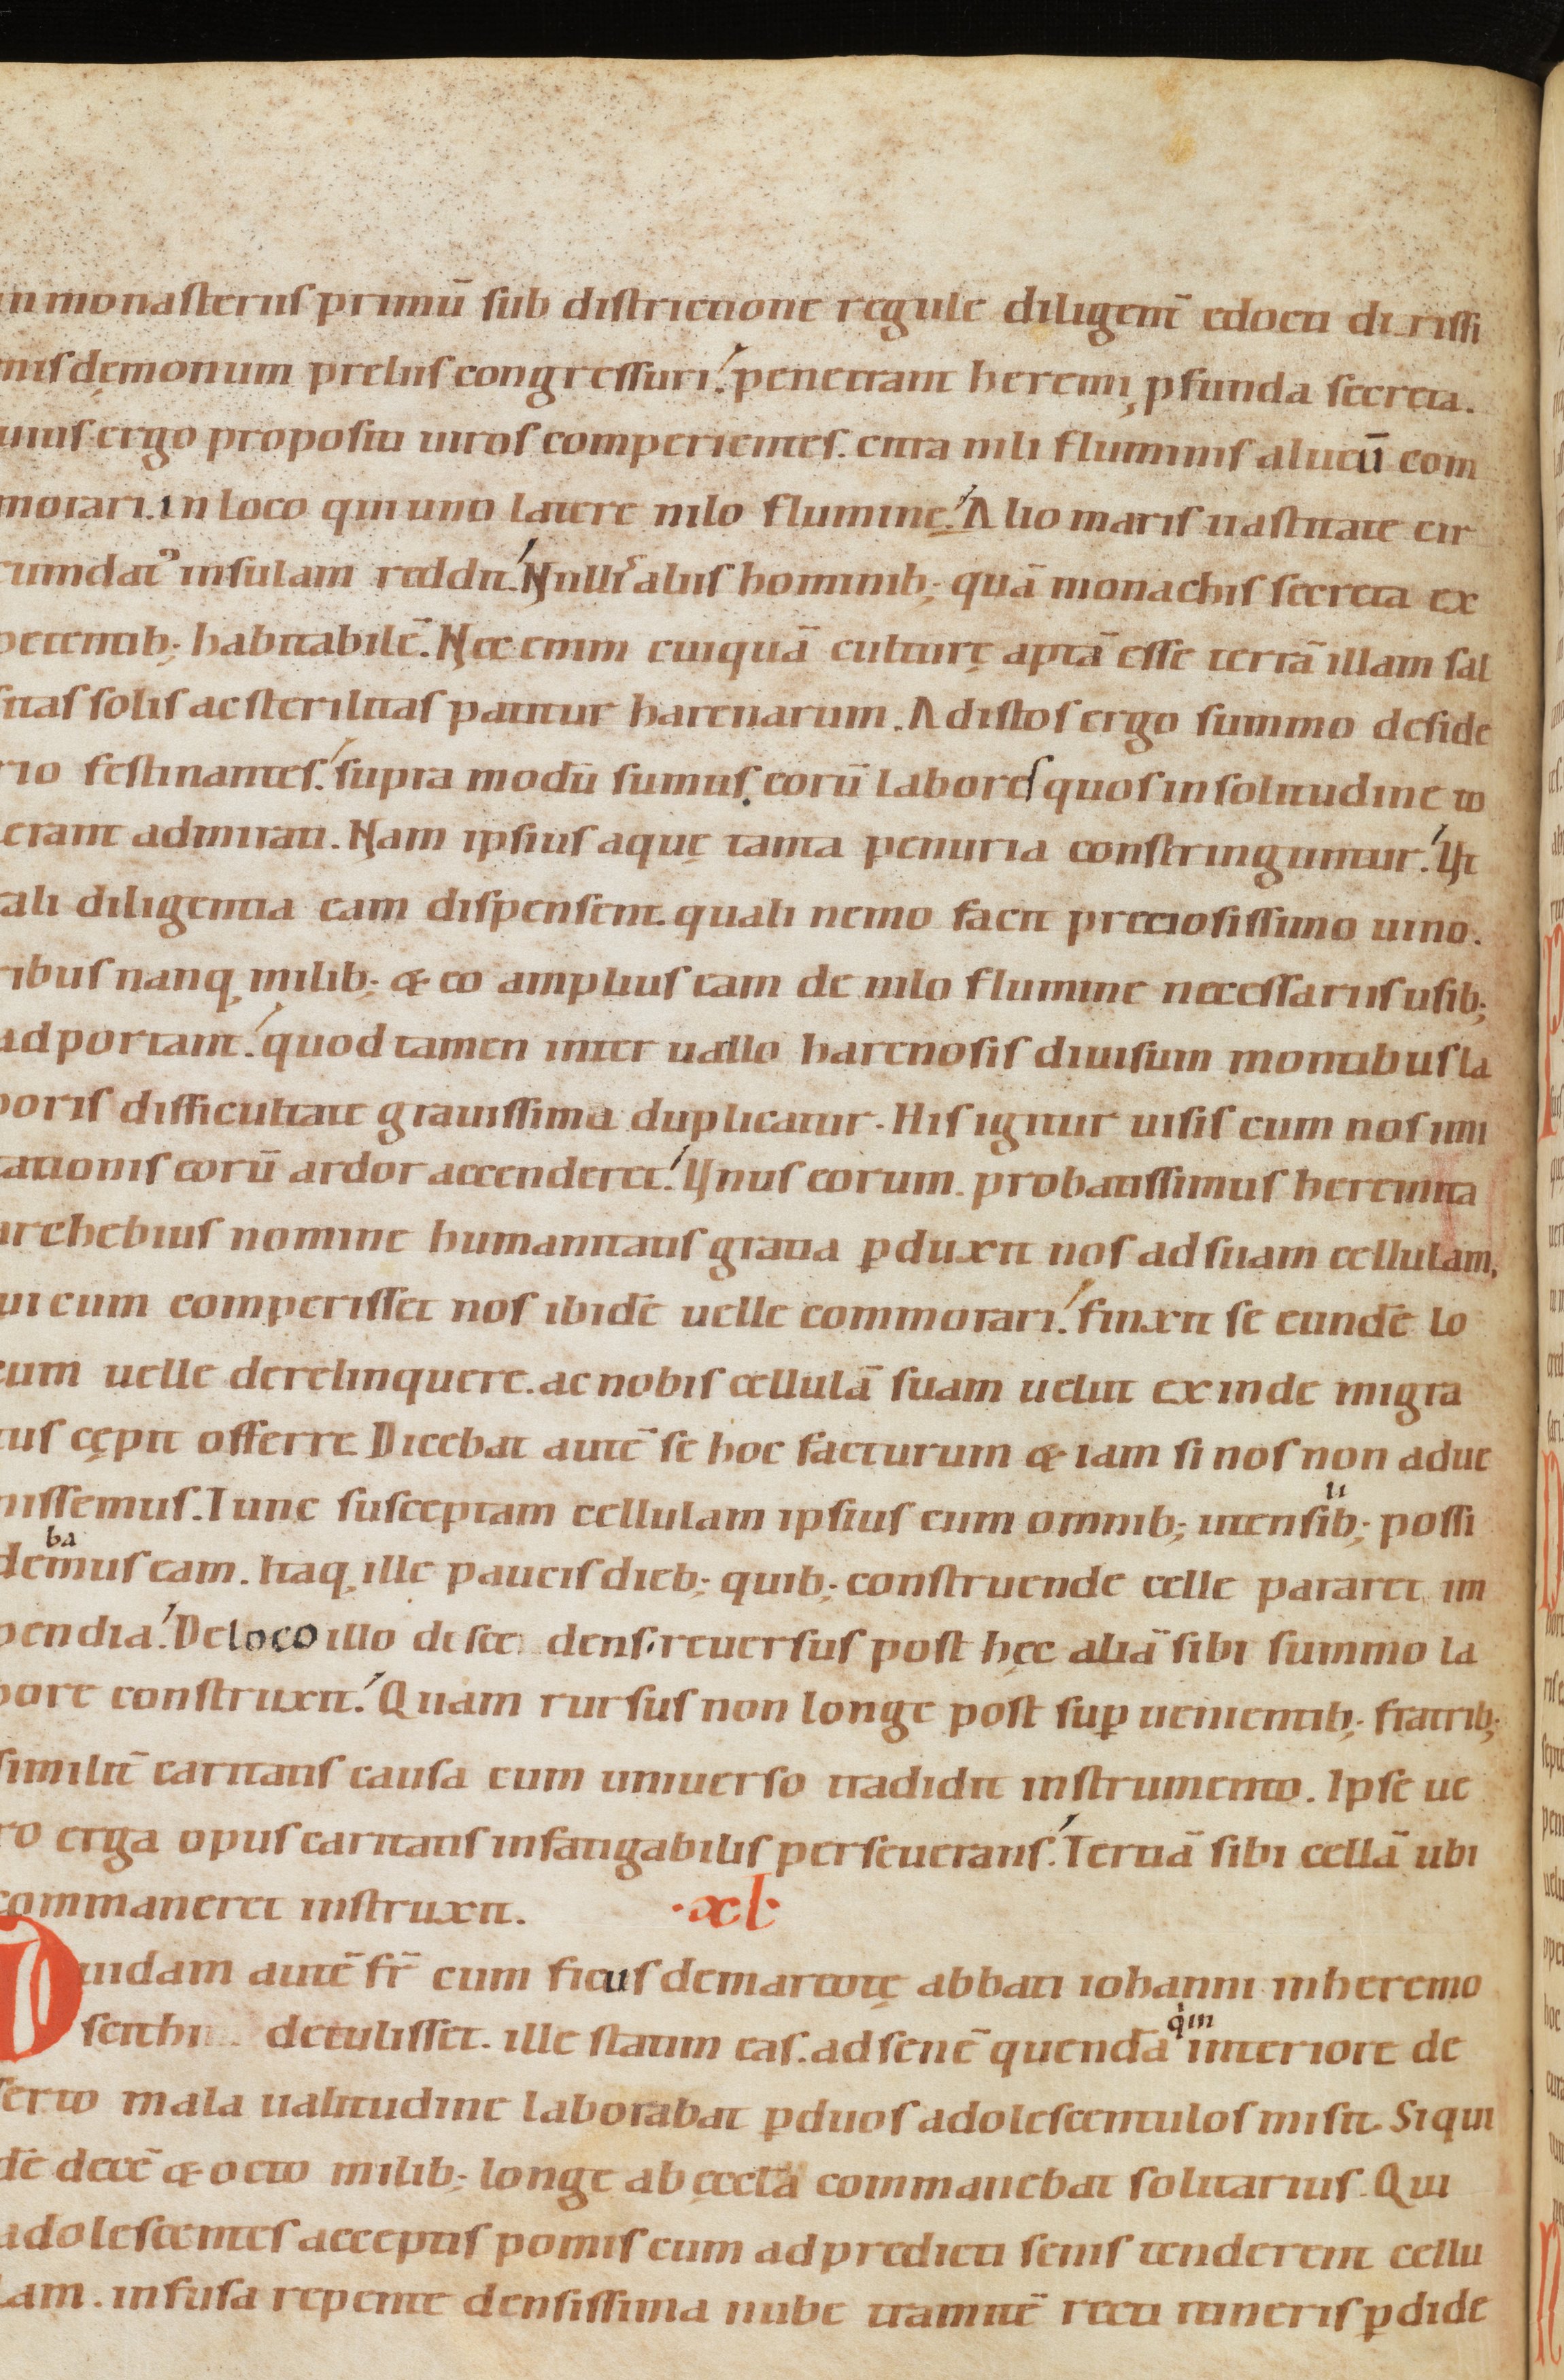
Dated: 1080–1096